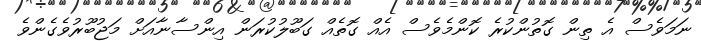
ނަމަވެސް އެ ތިން ގޮތުންކުރެ ކޮންމެވެސް އެއް ގޮތެއް ގަބޫލުކުރަން އިންސާނާއަށް މަޖުބޫރުވެގެންވެ